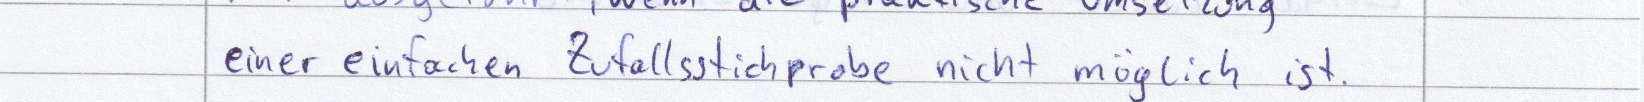
einer einfachen Zufallsstichprobe nicht möglich ist.